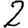
Digit: 2